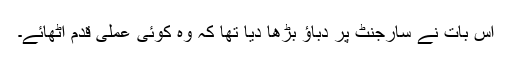
اس بات نے سارجنٹ پر دباؤ بڑھا دیا تھا کہ وہ کوئی عملی قدم اٹھائے۔